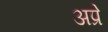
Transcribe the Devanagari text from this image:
अप्रे